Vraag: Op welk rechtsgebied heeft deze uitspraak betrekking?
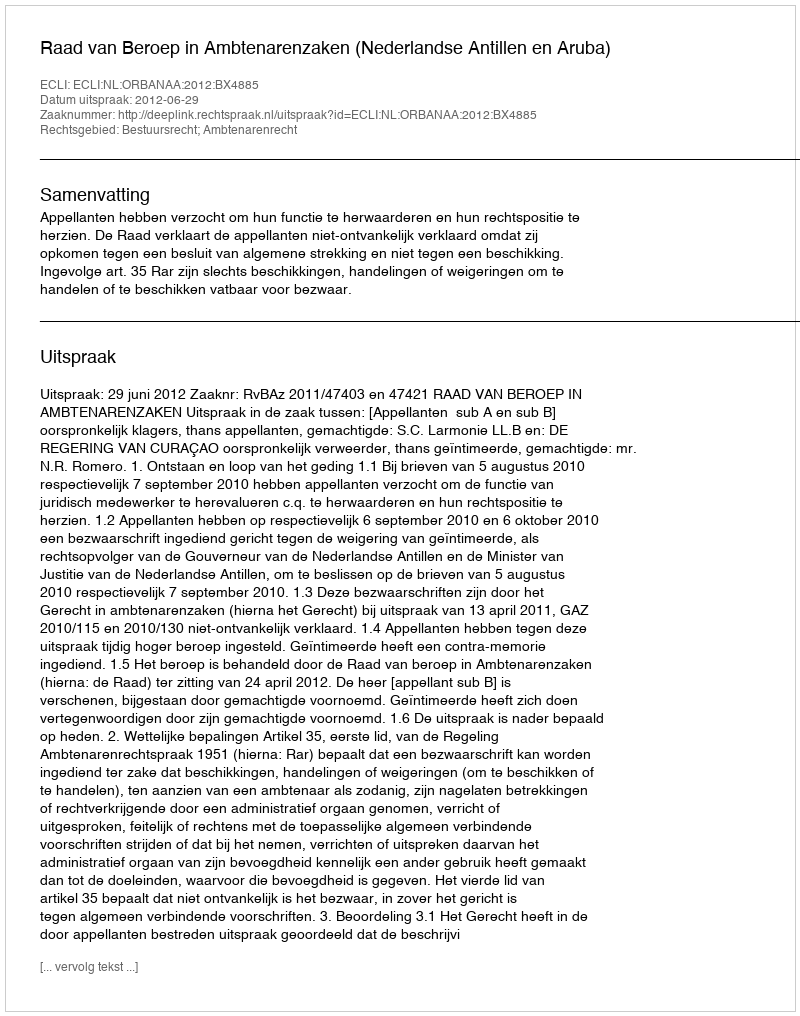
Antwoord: Bestuursrecht; Ambtenarenrecht